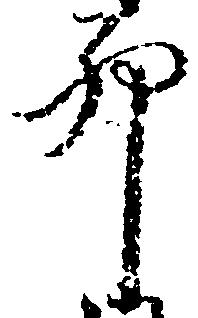
卯